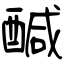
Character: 醎